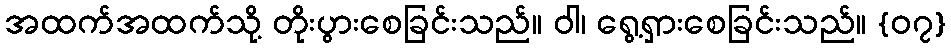
အထက်အထက်သို့ တိုးပွားစေခြင်းသည်။ ဝါ၊ ရွေ့ရှားစေခြင်းသည်။ {၀၇}